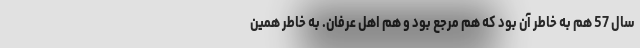
سال 57 هم به خاطر آن بود که هم مرجع بود و هم اهل عرفان. به خاطر همین